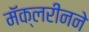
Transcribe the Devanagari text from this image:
मॅक्लरीनने